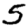
Digit: 5